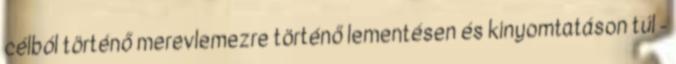
célból történő merevlemezre történő lementésen és kinyomtatáson túl -